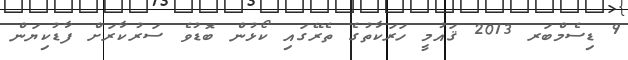
9 ޑިސެމްބަރ 2013 ޤައުމީ ހަރަކާތުގެ ތެރޭގައި ކޯޅުން ބޮޑުވެ ސަރުކާރަށް ފާޑުކިޔަން